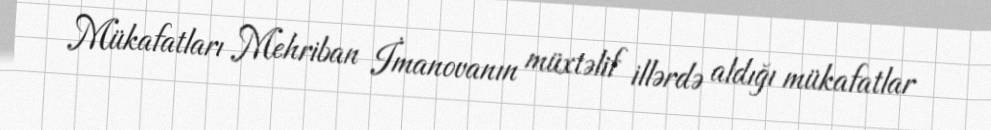
Mükafatları Mehriban İmanovanın müxtəlif illərdə aldığı mükafatlar